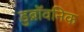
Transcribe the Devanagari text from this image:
डुब्रॉवनिक